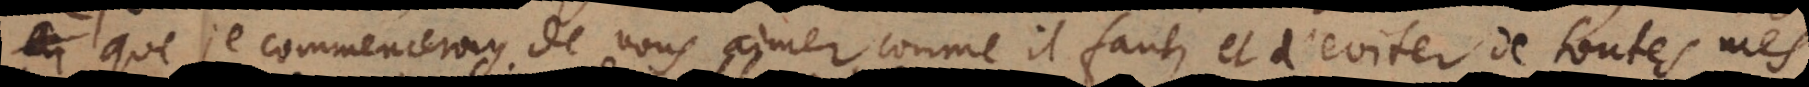
mmenceray de vous aimer comme il faut, et d’eviter de toutes mes